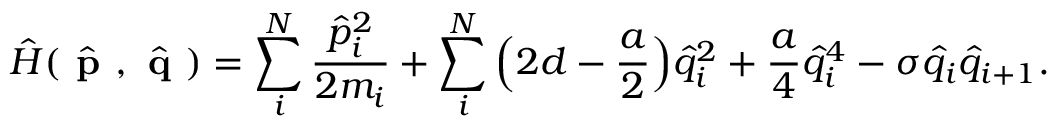
\hat { H } ( \hat { \textbf { p } } , \hat { \textbf { q } } ) = \sum _ { i } ^ { N } \frac { \hat { p } _ { i } ^ { 2 } } { 2 m _ { i } } + \sum _ { i } ^ { N } \Big ( 2 d - \frac { a } { 2 } \Big ) \hat { q } _ { i } ^ { 2 } + \frac { a } { 4 } \hat { q } _ { i } ^ { 4 } - \sigma \hat { q } _ { i } \hat { q } _ { i + 1 } .